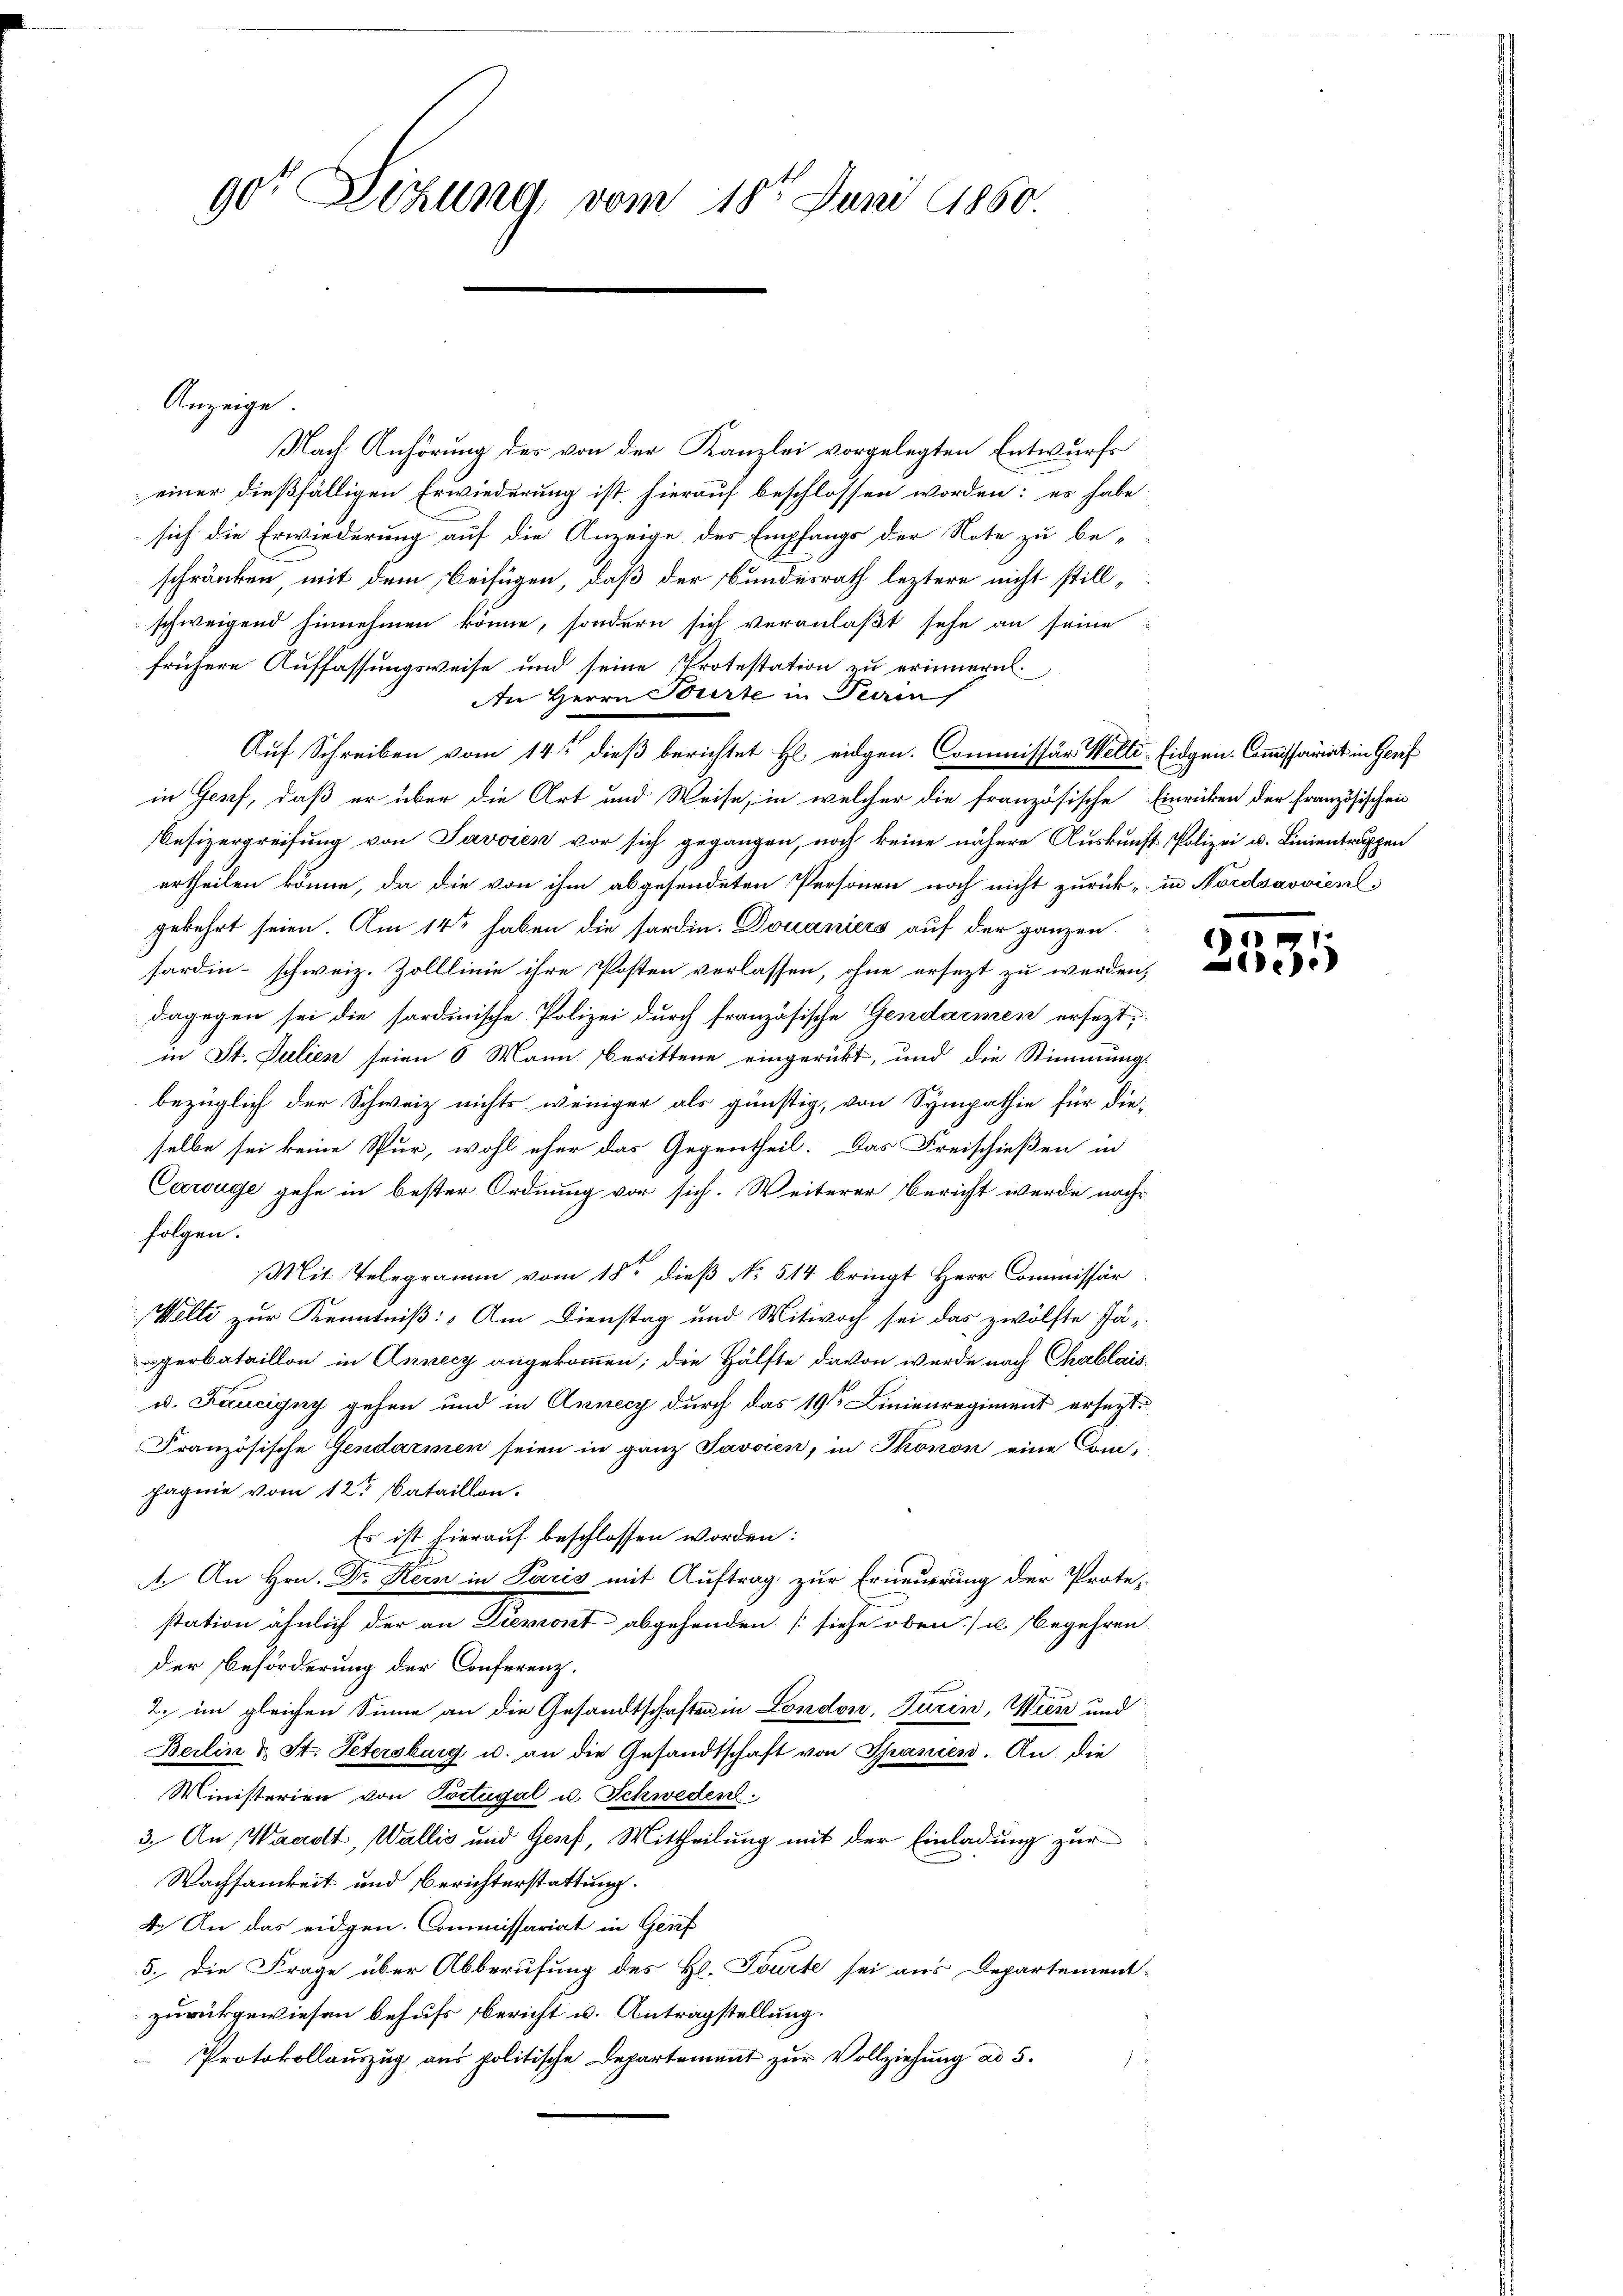
gor Lehung vom 18ten Juni 1860.

Nach Anhörung des von der Kanzlei vorgelegten Entwurfs
einer dießfälligen Erwiederung ist hierauf beschlossen worden: es habe
sich die Erwiederung auf die Anzeige des Empfangs der Note zu be-
schränken, mit dem Beifügen, daß der Bundesrath leztere nicht stillschweigend hinnehmen könne, sondern sich veranlaßt sehe an seine
frühere Auffassungsweise und seine Protestation zu erinnern.
An Herrn Bourte in Parin
Auf Schreiben vom 14t dieß berichtet Hl. eidgen. Commissär Welti-Eidgen. Commissariat in Graf
in Genf, daß er über die Art und Weise, in welcher die französische Einrücken der französischen
Besizergreifung von Javaien vor sich gegangen, noch keine nähere Auskunft, Polizei u. Linientruppen
ertheilen könne, da die von ihm abgesendeten Personen noch nicht zurück, in Nordsavvient
gekehrt seien. Am 14ten haben die sardin. Douaniers auf der ganzen
fardin - schweiz. Zolllinie ihre Posten verlassen, ohne ersezt zu werden,
dagegen sei die sardinische Polizei durch französische Gendarmen ersezt,
in St. Julien seien 6 Mann berittene eingerükt, und die Stimmung
bezüglich der Schweiz nichts weniger als günstig, von Sympathie für dieselbe sei keine Spur, wohl eher das Gegentheil. Das Freischießen in
Cawüge gehe in bester Ordnung vor sich. Weiterer Bericht werde nachfolgen.
Mit Telegramm vom 18ten dieß No. 514 bringt Herr Commissär
Welti zur Kenntniß: Am Dienstag und Mitwoch sei das zwölfte Jäperbataillon in Annecy angekommen; die Hälfte davon wurde nach Chablais¬
u. Faucigny gehen und in Annecy durch das 19te Linienregiment ersezt.
Französische Gendarmen seien in ganz Javsien, in Thonon eine Compagnie vom 12t Bataillon.
Es ist hierauf beschlossen worden:
. An Hrn. Dr Kern in Paris mit Auftrag zur Erneuerung der Prote-
station ähnlich der an Diemont abgehenden (siehe oben) u. begehren
der Beförderung der Conferenz.
2. im gleichen Sinne an die Gesandtschaften in London, Turin, Wien und
Berlin & St. Petersburg, u. an die Gesandtschaft von Spanien. An die
Ministerien von Tortugal u. Schweden.
3. An Waadt, Wallis und Genf, Mittheilung mit der Einladung zur
Wachsamkeit und Berichterstattung.
4. An das eidgen. Commissariat in Genf
5. Die Frage über Abberufung des Hl. Tourte sei aus Departement-
zurückgewiesen behufs bericht u. Antragstellung.
 Protokollauszug aus politische Departement zur Vollziehung ad 5.
d

Anzeige

2531